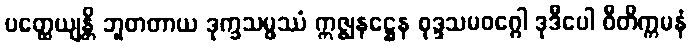
ပတ္ထေယျန္တိ ဘူတတာယ ဒုက္ခသမ္ဖဿံ ဣဇ္ဈနဋ္ဌေန စုဒ္ဒသမဝဂ္ဂေါ ဒုဒီပေါ ဝီတိက္ကမနံ